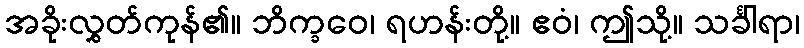
အခိုးလွှတ်ကုန်၏။ ဘိက္ခဝေ၊ ရဟန်းတို့။ ဧဝံ၊ ဤသို့။ သင်္ခါရာ၊